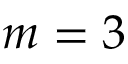
m = 3